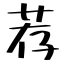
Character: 荐